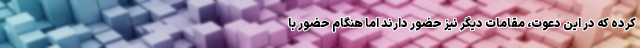
کرده که در این دعوت، مقامات دیگر نیز حضور دارند اما هنگام حضور با